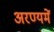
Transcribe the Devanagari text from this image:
अरण्यमें